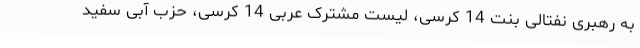
به رهبری نفتالی بنت 14 کرسی، لیست مشترک عربی 14 کرسی، حزب آبی سفید